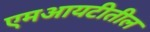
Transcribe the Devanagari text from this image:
एमआयटीतील